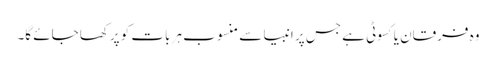
وہ فرقان یا کسوٹی ہے جس پر انبیا سے منسوب ہر بات کو پرکھا جائے گا۔